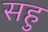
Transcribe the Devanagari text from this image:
सहु